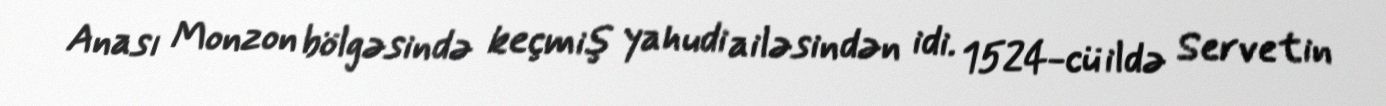
Anası Monzon bölgəsində keçmiş yahudi ailəsindən idi. 1524-cü ildə Servetin